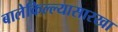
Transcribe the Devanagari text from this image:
बालेकिल्ल्यासारखा